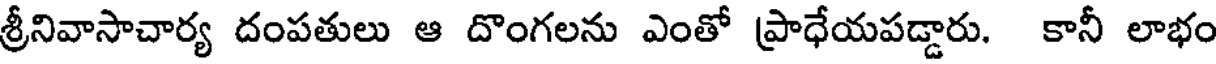
శ్రీనివాసాచార్య దంపతులు ఆ దొంగలను ఎంతో ప్రాధేయపడ్డారు. కానీ లాభం